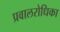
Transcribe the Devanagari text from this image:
प्रवालरोधिका